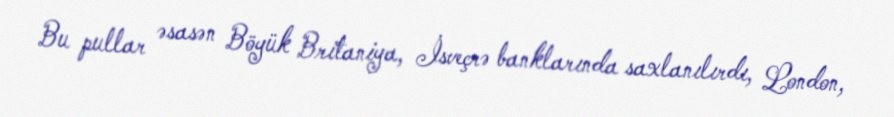
Bu pullar əsasən Böyük Britaniya, İsveçrə banklarında saxlanılırdı, London,